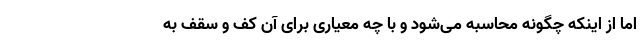
اما از اینکه چگونه محاسبه می‌شود و با چه معیاری برای آن کف و سقف به